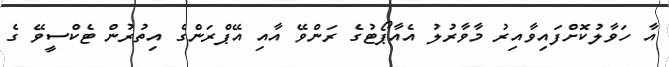
އާ ހަވާލުކޮށްފައިވާއިރު މާވާރުލު އެއާޕޯޓުގެ ރަންވޭ އާއި އޭޕްރަންގެ އިތުރުން ޓެކްސީވޭ ގެ